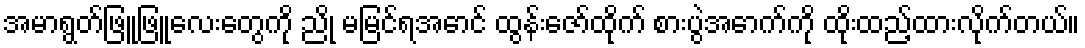
အမာရွတ်ဖြူဖြူလေးတွေကို ညို မမြင်ရအောင် ထွန်းဇော်ထိုက် စားပွဲအောက်ကို ထိုးထည့်ထားလိုက်တယ်။